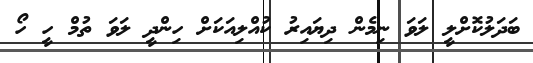
ބަދަލުކޮށްލީ ލަވަ ނިމެން ދިޔައިރު ކުއްލިއަކަށް ހިންދީ ލަވަ ތުމް ހީ ހޯ